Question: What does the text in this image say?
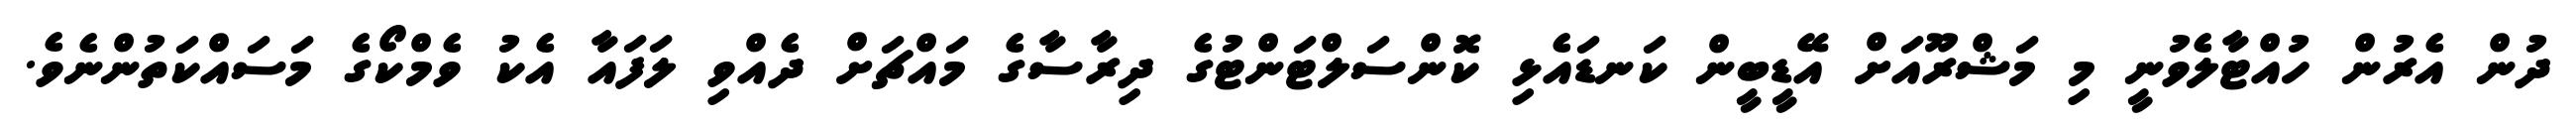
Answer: ދުން އެރުން ހުއްޓާލެވުނީ މި މަޝްރޫއަށް އޭޑީބީން ކަނޑައެޅި ކޮންސަލްޓަންޓުގެ ދިރާސާގެ މައްޗަށް ދެއްވި ލަފައާ އެކު ވެމްކޯގެ މަސައްކަތުންނެވެ.